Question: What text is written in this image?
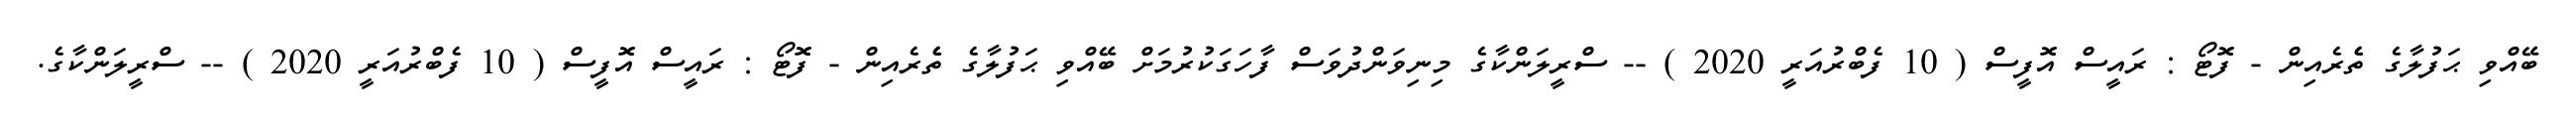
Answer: ބޭއްވި ޙަފުލާގެ ތެެރެއިން - ފޮޓޯ : ރައީސް އޮފީސް ( 10 ފެބްރުއަރީ 2020 ) -- ސްރީލަންކާގެ މިނިވަންދުވަސް ފާހަގަކުރުމަށް ބޭއްވި ޙަފުލާގެ ތެެރެއިން - ފޮޓޯ : ރައީސް އޮފީސް ( 10 ފެބްރުއަރީ 2020 ) -- ސްރީލަންކާގެ.